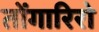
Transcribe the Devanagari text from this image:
तोंगारिरो